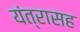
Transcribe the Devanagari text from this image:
यंत्रासह